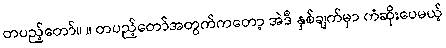
တပည့်တော်။ ။ တပည့်တော်အတွက်ကတော့ အဲဒီ နှစ်ချက်မှာ ကံဆိုးပေမယ့်